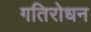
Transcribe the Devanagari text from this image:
गतिरोधन